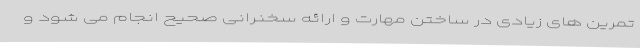
تمرین های زیادی در ساختن مهارت و ارائه سخنرانی صحیح انجام می شود و